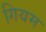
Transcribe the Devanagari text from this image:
गियम